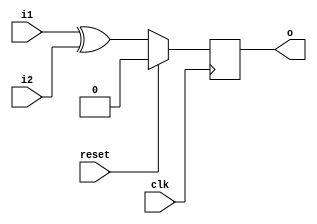
module xor_module (input clk, input reset, input i1, input i2, output reg o);

always@(posedge clk) begin 
if (reset ==1'b1) begin 
o<= 1'b0; 
end
else begin
o <= i1^i2; 
end 
end
endmodule